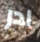
ادر